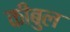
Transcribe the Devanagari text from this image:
कीबुल